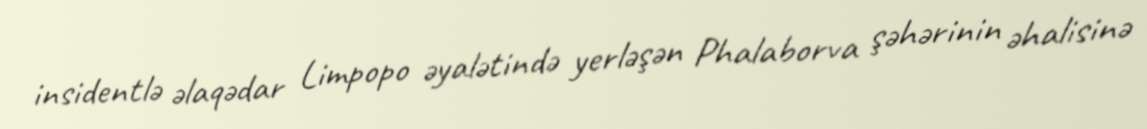
insidentlə əlaqədar Limpopo əyalətində yerləşən Phalaborva şəhərinin əhalisinə